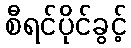
စီရင်ပိုင်ခွင့်